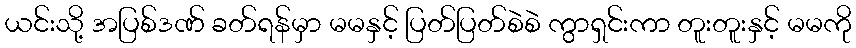
ယင်းသို့ အပြစ်ဒဏ် ခတ်ရန်မှာ မမနှင့် ပြတ်ပြတ်စဲစဲ ကွာရှင်းကာ တူးတူးနှင့် မမကို